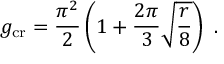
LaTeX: g _ { \mathrm { c r } } = \frac { \pi ^ { 2 } } { 2 } \left( 1 + \frac { 2 \pi } { 3 } \sqrt { \frac { r } { 8 } } \right) \ .